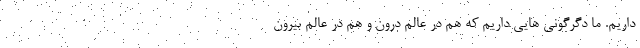
داریم. ما دگرگونی هایی داریم که هم در عالم درون و هم در عالم بیرون